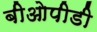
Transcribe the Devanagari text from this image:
बीओपीडी